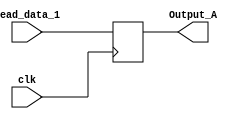
`timescale 1ns / 1ps
//////////////////////////////////////////////////////////////////////////////////
// Company: 
// Engineer: 
// 
// Design Name: 
// Module Name: Register_A
// Project Name: 
// Target Devices: 
// Tool Versions: 
// Description: 
// 
// Dependencies: 
// 
// Revision:
// Revision 0.01 - File Created
// Additional Comments:
// 
//////////////////////////////////////////////////////////////////////////////////


module Register_A(input [31:0] Read_data_1, output reg [31:0] Output_A, input clk);
    always@(posedge clk)
    begin
     Output_A = Read_data_1;
    end
endmodule